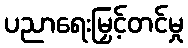
ပညာရေးမြှင့်တင်မှု